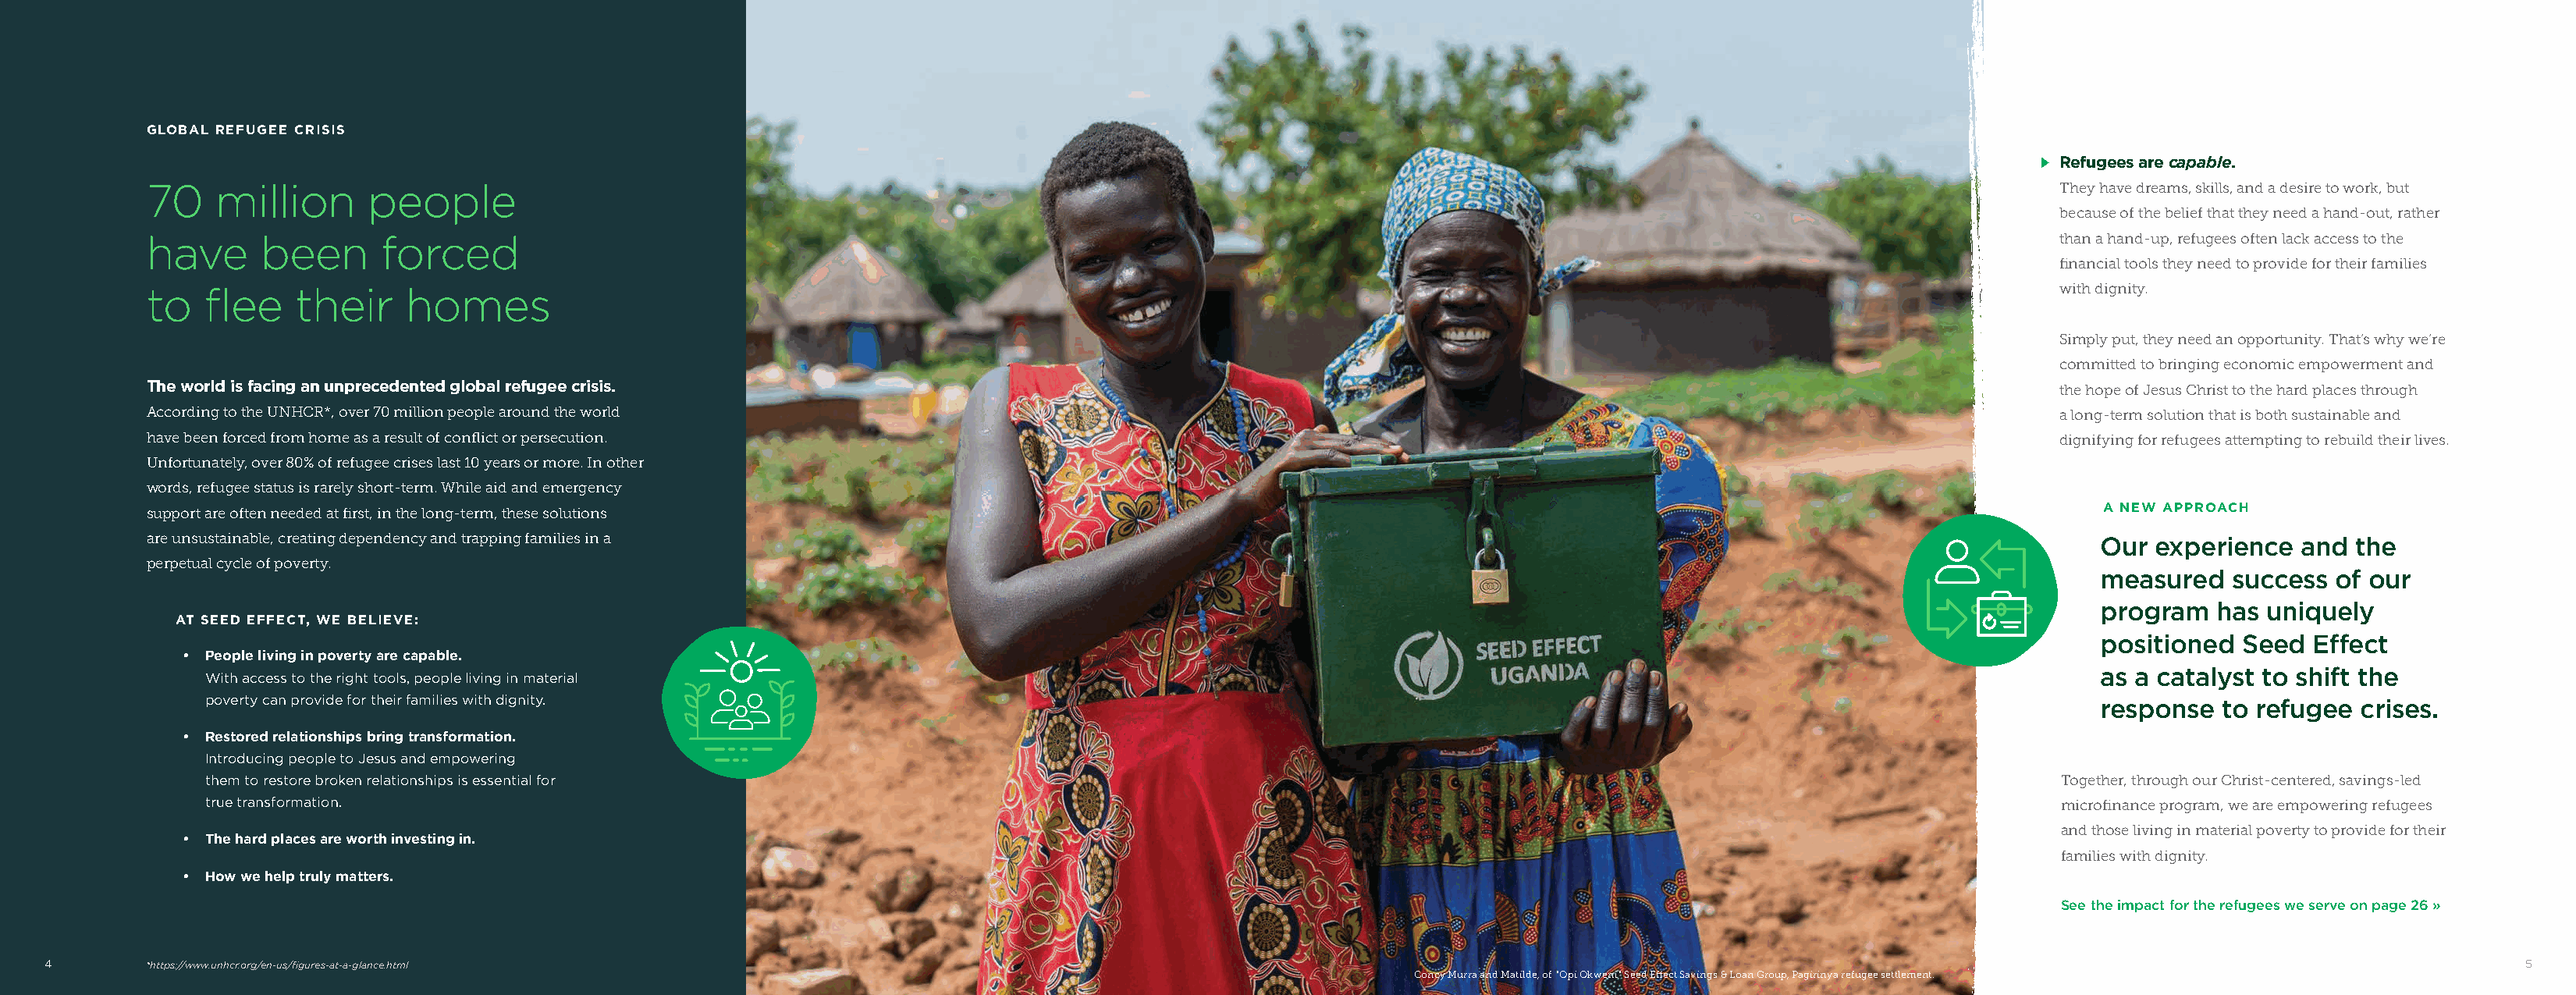
GLOBAL REFUGEE CRISIS
 m Refugees are capable.
 70    million      people                                                                                                                                          They have dreams, skills, and a desire to work, but
 because of the belief that they need a hand-out, rather
 have      been      forced                                                                                                                                         than a hand-up, refugees often lack access to the
 financial tools they need to provide for their families
 to   flee    their    homes                                                                                                                                        with dignity.
 Simply put, they need an opportunity. That’s why we’re
 committed to bringing economic empowerment and
 The world is facing an unprecedented global refugee crisis.                                                                                                        the hope of Jesus Christ to the hard places through
 According to the UNHCR*, over 70 million people around the world                                                                                                   a long-term solution that is both sustainable and
 have been forced from home as a result of conflict or persecution.                                                                                                 dignifying for refugees attempting to rebuild their lives.
 Unfortunately, over 80% of refugee crises last 10 years or more. In other
 words, refugee status is rarely short-term. While aid and emergency
 support are often needed at first, in the long-term, these solutions                                                                                                  A NEW APPROACH
 are unsustainable, creating dependency and trapping families in a
 Our  experience  and  the
 perpetual cycle of poverty.
 measured   success  of our
 program   has uniquely
 AT SEED EFFECT, WE BELIEVE:
 positioned  Seed  Effect
 • People living in poverty are capable.
 as a catalyst to shift the
 With access to the right tools, people living in material
 poverty can provide for their families with dignity.
 response  to refugee  crises.
 • Restored relationships bring transformation.
 Introducing people to Jesus and empowering
 them to restore broken relationships is essential for                                                                                                         Together, through our Christ-centered, savings-led
 true transformation.                                                                                                                                          microfinance program, we are empowering refugees
 and those living in material poverty to provide for their
 • The hard places are worth investing in.
 families with dignity.
 • How we help truly matters.
 See the impact for the refugees we serve on page 26 »
 4       *https://www.unhcr.org/en-us/figures-at-a-glance.html                                                                                                                                                     5
 Concy Murra and Matilde, of "Opi Okweni" Seed Effect Savings & Loan Group, Pagirinya refugee settlement.